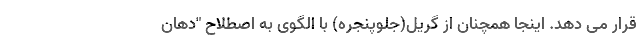
قرار می دهد. اینجا همچنان از گریل(جلوپنجره) با الگوی به اصطلاح "دهان